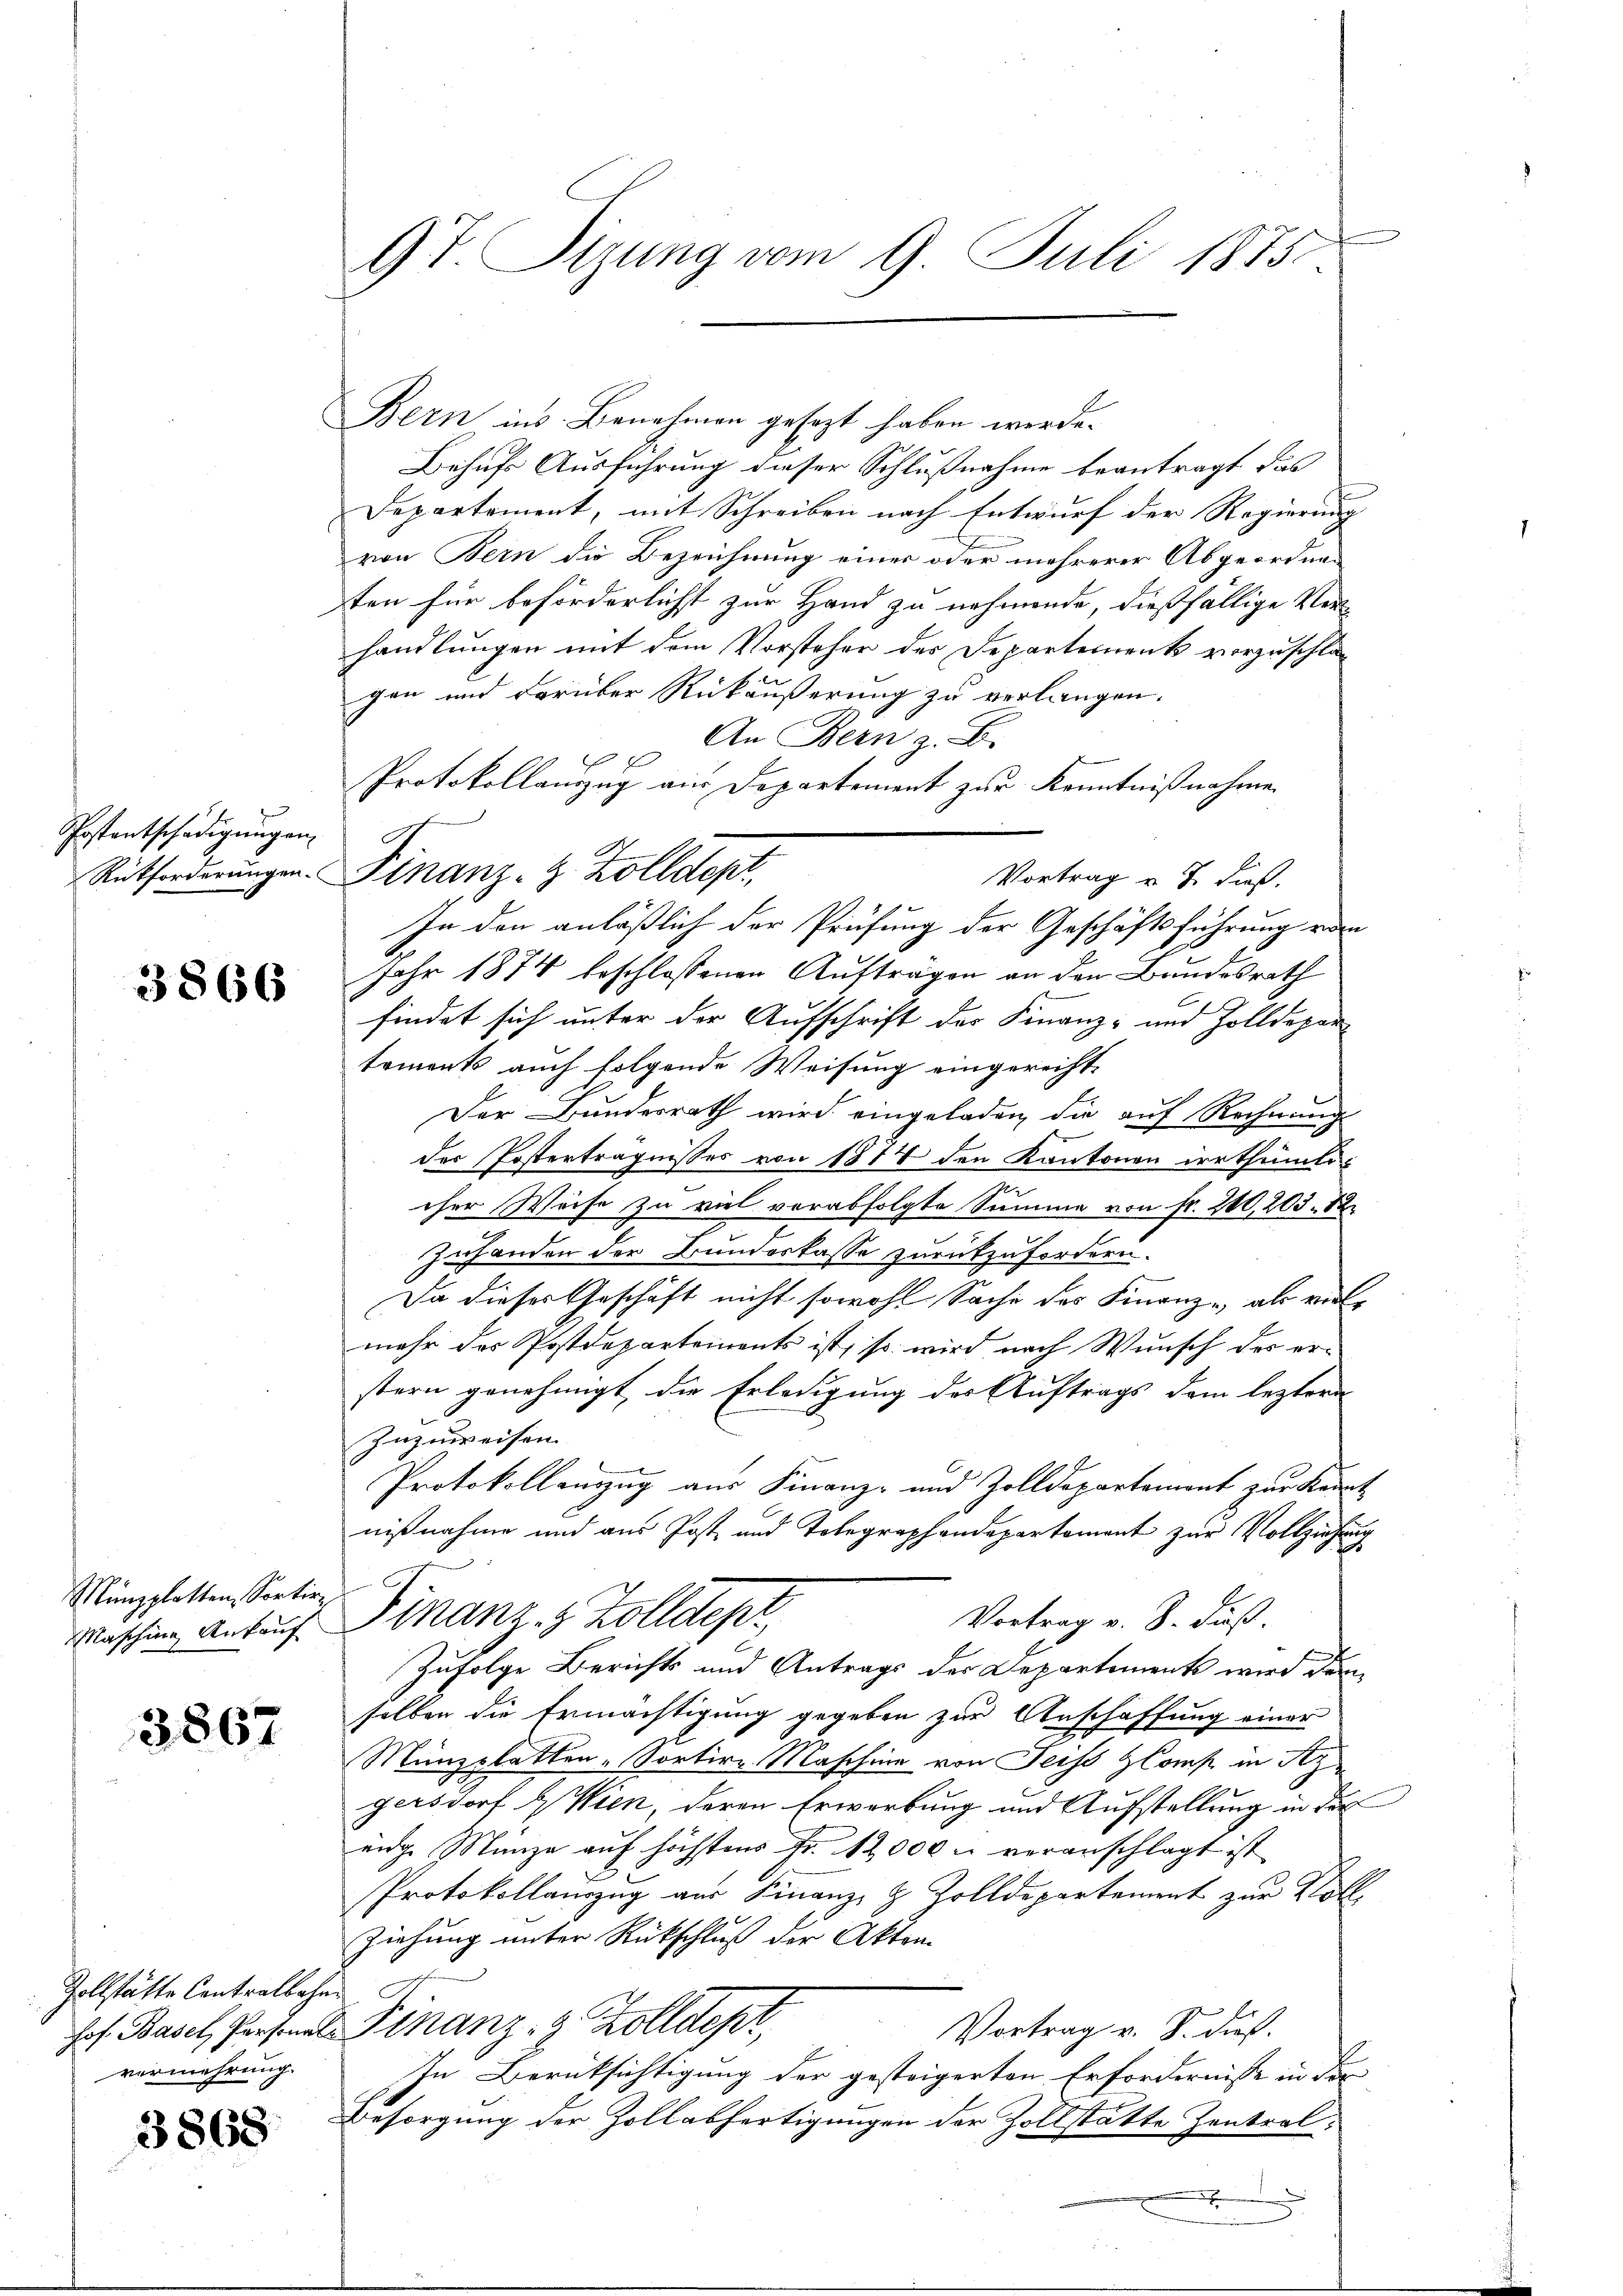
Postentschädigungen

3866

Münzplatten, Sortir

3867

Zollstätte Contralbahn
vermehrung.

3868

9t. Sizung vom 9. Juli 1875.

Bern ins Benehmen gesezt haben werde.
Behufs Ausführung dieser Schlußnahme beantragt das
Departement, mit Schreiben nach Entwurf der Regierung
e
von Bern die Bezeichnung einer oder mehrerer Abgeordnen
sten für beförderlichst zur Hand zu nehmende, dießfällige Ver-
handlungen mit dem Vorsteher des Departement vorzuschlagen und darüber Rückäußerung zu verlangen.
An Bern z. B.
e
Protokollanzug aus Departement zur Kenntnißnahmen
Vortrag u. J. dieß.
In den anläßlich der Prüfung der Geschäftsführung vom
Jahr 1874 beschlossenen Aufträgen an den Bundesrath
findet sich unter der Aufschrift der Finanz- und Zolldepartements auch folgende Weisung eingerecht-
Der Bundesrath wird eingeladen, die auf Rechnung
der Posterträgnisses von 1874 den Kantonen irrthümlicher Weise zu viel verabfolgte Summe von Fr. 210,203. 12.
Zuhanden der Bundeskasse zurückzufordern.
Da dieser Geschäft nicht sowohl Sache des Finanz- als vielmehr das Postdepartements ist, so wird nach Wunsch des erstern genehmigt, die Erledigung des Auftrags dem leztern
Inzuweisen.
Protokollauszug aus Finanz- und Zolldepartement zur Kennt
nißnahme und aus Post und Tolegraphendepartement zur Vollziehung
Vortrag v. B. duß.
Maschine Ankauf Finanz- & Zolldept
Zufolge Berichts und Antrags der Departement wird dem
selben die Ermächtigung gegeben zur Anschaffung einer
Münzplatten - Sortir Maschine von Sechs Comp in Sz
gersdorf Wien, deren Erwerbung und Aufstellung in der
eige Manze auf höchstens Fr. 12,000 u veranschlagt ist
Protokollauszug aus Finanz- & Zolldepartement zur Voll¬
Ziehung unter Rückschluß der Akten
hof. Basel, Personale Finanz- & Zolldepr
Vortrag v. J. dies
In Berüksichtigung der gesteigerten Erfordernisse in der
Besorgung der Zollabfertigungen der Zollstätte Zentral¬

Rütforderungen. Finanz- & Zolldepr